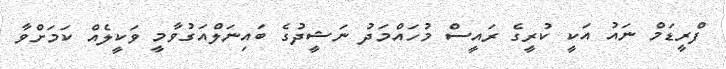
ފްރީޑަމް ނައު އަކީ ކުރީގެ ރައީސް މުހައްމަދު ނަޝީދުގެ ބައިނަލްއަގުވާމީ ވަކީލެއް ކަމަށްވާ